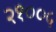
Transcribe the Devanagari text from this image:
२१००५